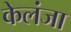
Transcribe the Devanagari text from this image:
केलंजा